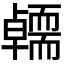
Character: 𭅭